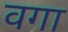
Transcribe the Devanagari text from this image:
वगा